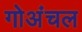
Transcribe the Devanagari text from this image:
गोअंचल